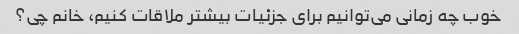
خوب چه زمانی می‌توانیم برای جزئیات بیشتر ملاقات کنیم، خانم چی؟